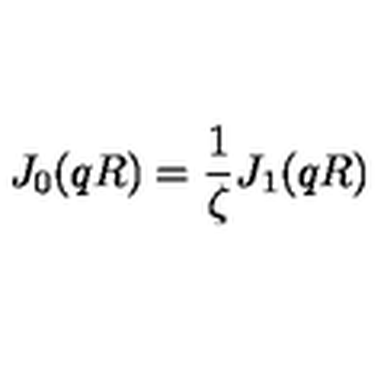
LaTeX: J _ { 0 } ( q R ) = \frac { 1 } { \zeta } J _ { 1 } ( q R )